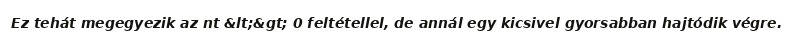
Ez tehát megegyezik az nt &lt;&gt; 0 feltétellel, de annál egy kicsivel gyorsabban hajtódik végre.